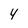
Character: 4